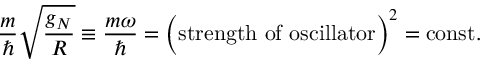
{ \frac { m } { \hbar } } \sqrt { \frac { g _ { N } } { R } } \equiv { \frac { m \omega } { \hbar } } = \Bigl ( \mathrm { s t r e n g t h ~ o f ~ o s c i l l a t o r } \Bigr ) ^ { 2 } = \mathrm { c o n s t } .